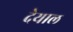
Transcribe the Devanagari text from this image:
देयाल